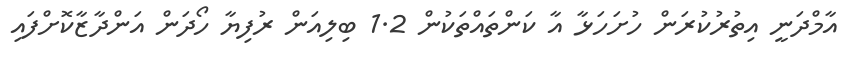
އާމްދަނީ އިތުރުކުރަން ހުށަހަޅާ އާ ކަންތައްތަކުން 1.2 ބިލިއަން ރުފިޔާ ހޯދަން އަންދާޒާކޮށްފައި